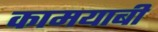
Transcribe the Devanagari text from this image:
कामयाबी